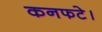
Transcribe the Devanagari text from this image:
कनफटे।